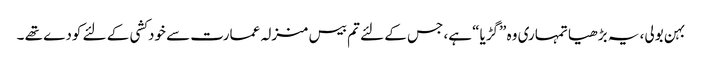
بہن بولی، یہ بڑھیا تمہاری وہ ”گڑیا“ ہے، جس کے لئے تم بیس منزلہ عمارت سے خودکشی کے لئے کودے تھے ۔